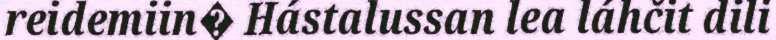
reidemiin� Hástalussan lea láhčit dili